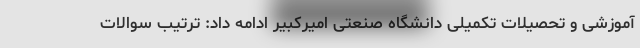
آموزشی و تحصیلات تکمیلی دانشگاه صنعتی امیرکبیر ادامه داد: ترتیب سوالات